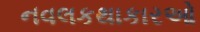
નવલકથાકારઓ